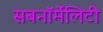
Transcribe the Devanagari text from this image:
सबनॉर्मेलिटी